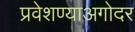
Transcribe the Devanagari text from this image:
प्रवेशण्याअगोदर